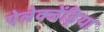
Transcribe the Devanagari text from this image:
ऐलेक्जेंड्रिया